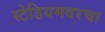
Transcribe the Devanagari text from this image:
स्टेडियमवरचा